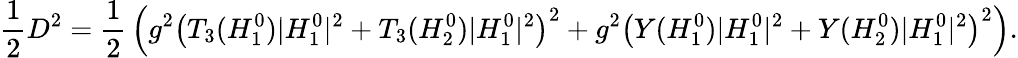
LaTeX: {\frac{1}{2}}D^{2}={\frac{1}{2}}\left(g^{2}\left(T_{3}(H_{1}^{0})|H_{1}^{0}|^{2}+T_{3}(H_{2}^{0})|H_{1}^{0}|^{2}\right)^{2}+g^{2}\left(Y(H_{1}^{0})|H_{1}^{0}|^{2}+Y(H_{2}^{0})|H_{1}^{0}|^{2}\right)^{2}\right).